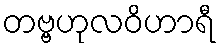
တဗ္ဗဟုလဝိဟာရီ